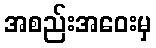
အစည်းအဝေးမှ